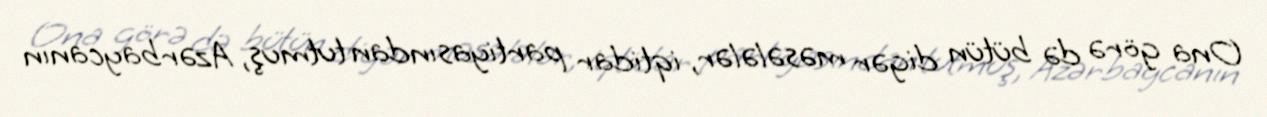
Ona görə də bütün digər məsələlər, iqtidar partiyasından tutmuş, Azərbaycanın